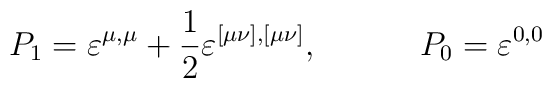
P_1=\varepsilon ^{\mu ,\mu }+\frac 12\varepsilon ^{[\mu \nu ],[\mu\nu ]},\hspace{0.5in}P_0=\varepsilon ^{0,0}